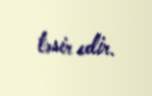
təsir edir.